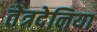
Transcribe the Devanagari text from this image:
तेत्रदेनिया